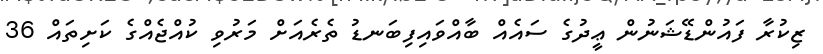
ޒިކުރާ ފައުންޑޭޝަނުން ޢީދުގެ ސައެއް ބާއްވައިފިބަނޑު ތެރެއަށް މަރުވި ކުއްޖެއްގެ ކަށިތައް 36